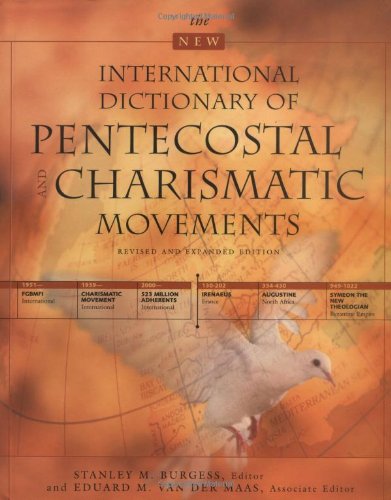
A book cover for New International Dictionary of Pentecostal and Charismatic Movements, The; Ed  van der Maas; Christian Books & Bibles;